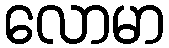
လောမာ